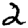
Digit: 2